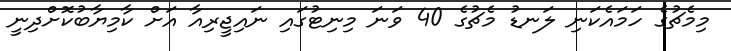
މިމެޗުގެ ހަމައެކަނި ލަނޑު މެޗުގެ 40 ވަނަ މިނިޓުގައި ނައިޖީރިއާ އަށް ކާމިޔާބުކޮށްދިނީ